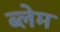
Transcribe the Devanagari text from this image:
ब्लेम